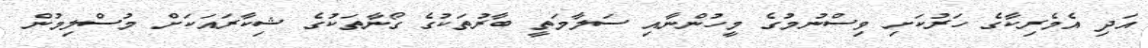
އަދި އެމެރިކާގެ ހަރުކަށި ވިސްނުމުގެ މީހުންނާއި ސަލާމަތީ ބާރުތަކުގެ ގޯނާތަކުގެ ޝިކާރައަކަށް މުސްލިމުން